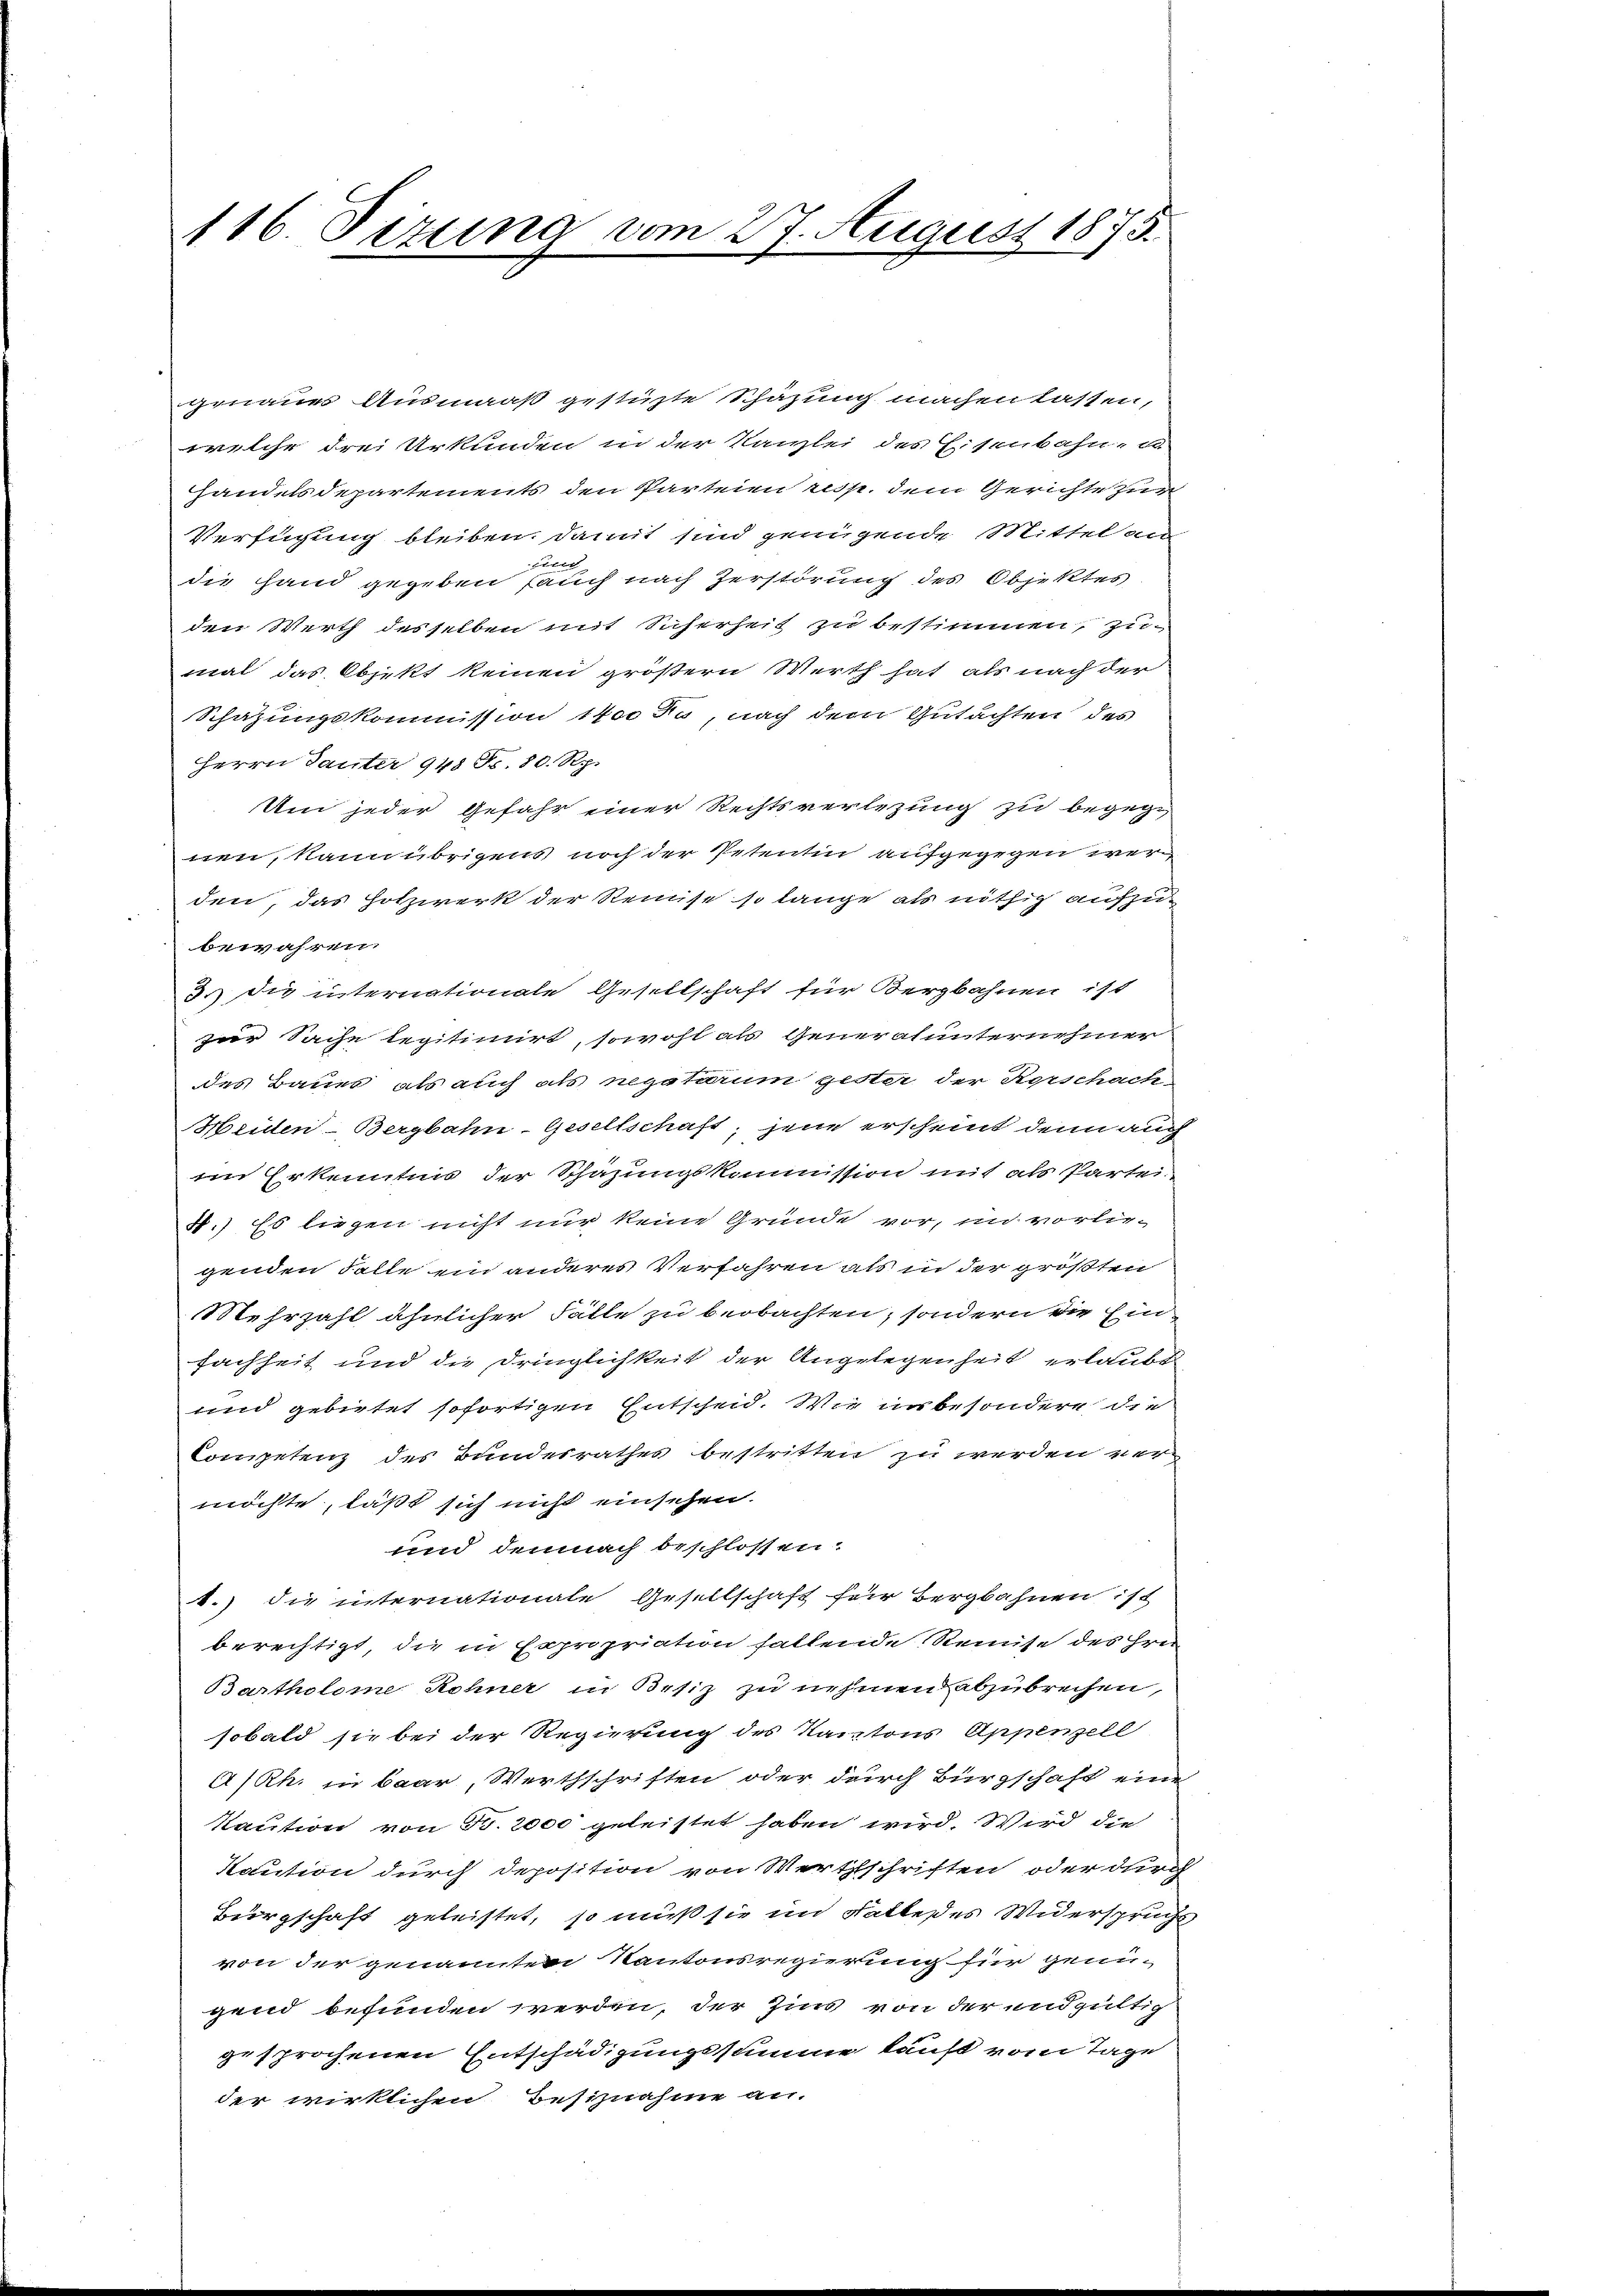
116. Sizung vom 27. August 1875.

genaues Ausmaaß gestüzte Schäzung machen lassen,
welche drei Urkunden in der Kanzlei des Eisenbahn- u
Handelsdepartements den Parteien resp. dem Gerichte zur
Verfügung bleiben, damit sind jenigende Mittelan
die Hand gegeben auch nach Zerstörung des Objektes
den Werth desselben mit Sicherheit zu bestimmen, zumal das Objekt keinen größern Werth hat als nach der
Schatzungskommission 1400 Fa, nach dem Gutachten des
Herrn Tanter 948 Fr. 80. Rp.
Um jeder Gefahr einer Rechtsverlegung zu begegwen, kann übrigen noch der Petentin aufgegegen werden, das Holzwerk der Reinist so lange als nöthig aufzubewahren.
3. die internationale Gesellschaft für Bergbahnen ist
zur Sache legitimirt, sowohl als Generalunternehmer
des Baues, als auch als negatarum gester der Herschach
Heiden-Bergbahn-Gesellschaft, jene erscheint denn auch
im Erkenntnis der Schazungskommission mit als Partei
4.) Es liegen nicht nur keine Gründe vor, in vorliegenden Falle ein anderes Verfahren als in der größten
Mehrzahl ähnlicher Fälle zu beobachten, sondern die Ein-
fachheit und die Dringlichkeit der Angelegenheit erlaubt
d gebietet sofortigen Entscheid. Wie insbesondere die
Competenz des Bundesrathes bestritten zu werden vermöchte, läßt sich nicht einsehen.
und demnach beschlossen.
A.) die internationale Gesellschaft für Bergbahnen ist
berechtigt, die in Capropriation haltende Reise des Hrn.
Bartholome Rohner in Besiz zu nehmen abzubrechen,
sobald sie bei der Regierung des Kantons Appenzell
A/Rh. in Baar, Werthschriften oder durch Bürgschaft eine
Kaution von Fr. 2000 geleistet haben wird. Wird die
Kaution durch Deposition von Werthschriften oder durch
Bürgschaft geleistet, so muß sie im Falleses Widerspruchs
von der genannten Kantonsregierung für genü-
gend befunden werden, der Zins von der und gültig
gesprochenen Entschädigungssumme kauft vom Tage
der wirklichen Besiznahme an.